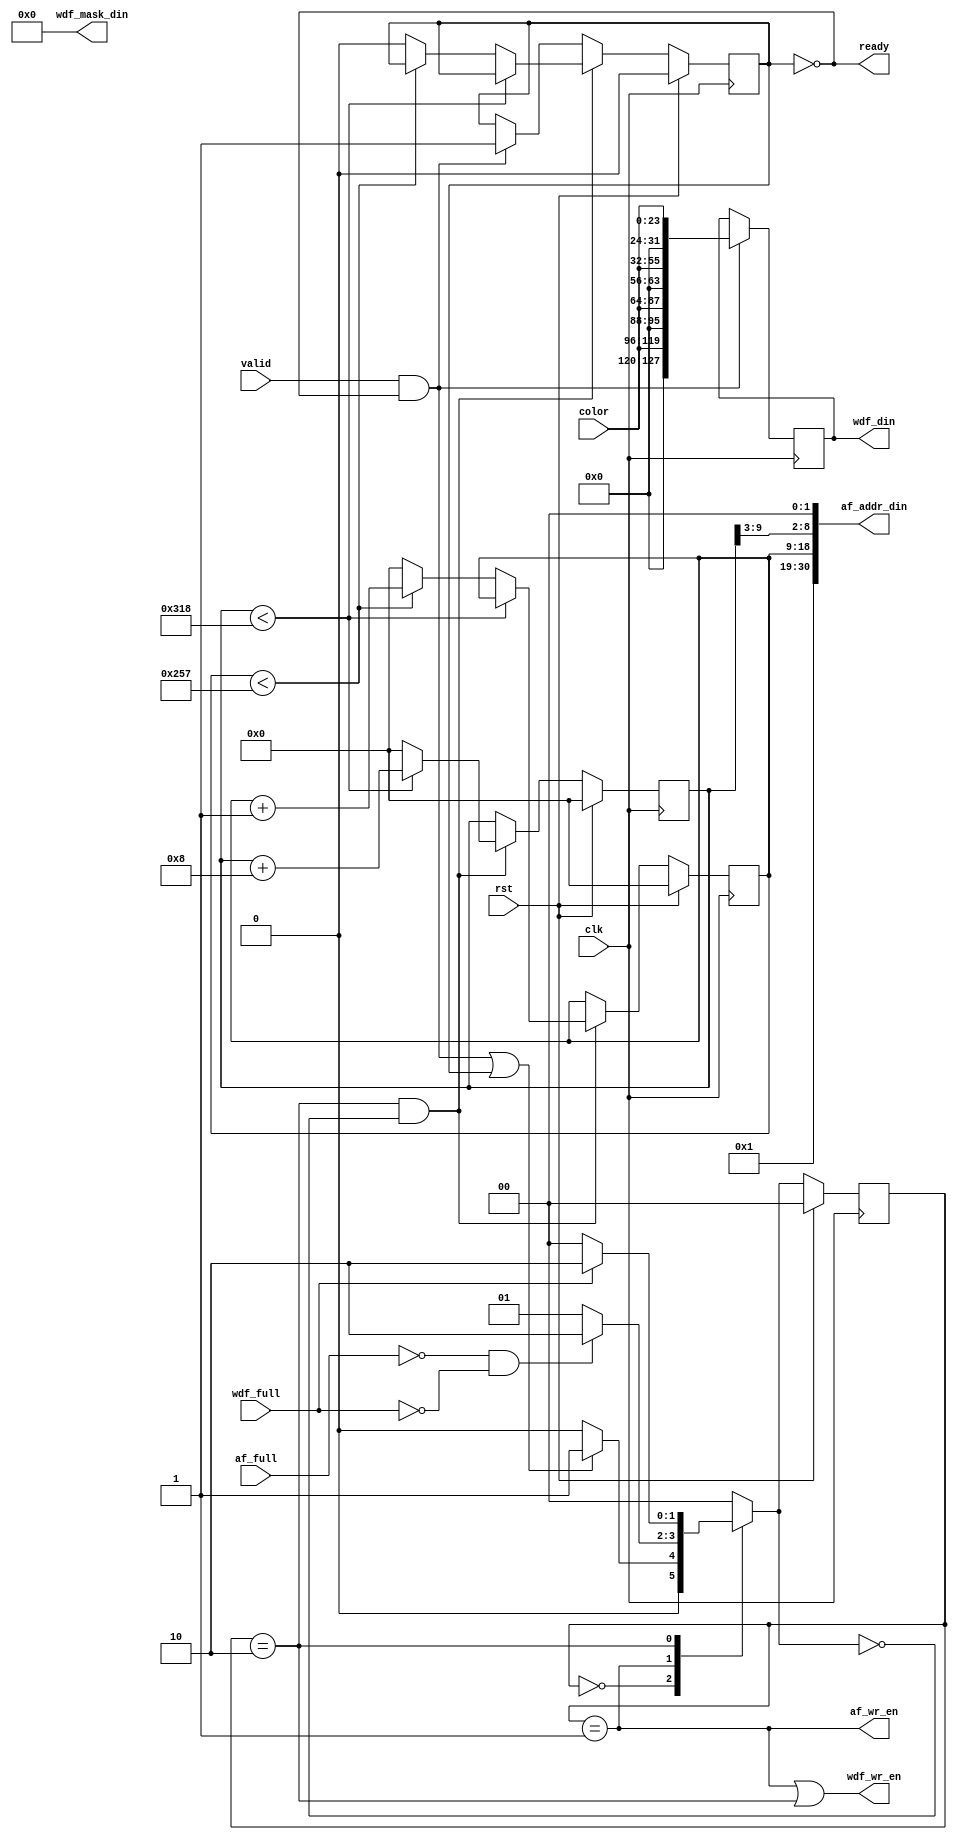
module FrameFiller(
    //system:
    input             clk,
    input             rst,
    // fill control:
    input             valid,
    input [23:0]      color,
    // ddr2 fifo control:
    input             af_full,
    input             wdf_full,
    // ddr2 fifo outputs:
    output [127:0]    wdf_din,
    output            wdf_wr_en,
    output [30:0]     af_addr_din,
    output            af_wr_en,
    output [15:0]     wdf_mask_din,
    // handshaking:
    output            ready);
    
    wire [31:0] addr;
    

    localparam IDLE     = 2'b00;
    localparam WRITE1   = 2'b01;
    localparam WRITE2   = 2'b10;

    // Register the inputs:
	reg [127:0] color_reg;
    reg curr_writing;
    // state registers
    reg [1:0] cs, ns;
    

	reg [9:0] x, y;

	
	// assign addr = {10b0001000001, y, x, 2b00};
    assign addr[31:22] = 10'b0001000001;
    assign addr[1:0] = 2'b00;
    assign addr[21:2] = {y,x};
	
	always @(posedge clk) begin
        color_reg <= color_reg;
		if (valid && ready) begin
			color_reg <= {8'b0, color, 8'b0, color, 8'b0, color, 8'b0, color};
        end
    end
			
			
    always @(posedge clk) begin
        if (rst) begin
            cs <= IDLE;
			x <= 10'b0;
			y <= 10'b0;
            curr_writing <= 1'b0;
        end else begin
            cs <= ns;
            y <= y;
            x <= x;
            curr_writing <= curr_writing;

    		if(cs == WRITE2 && ns == IDLE) begin
    			if (x < 792) begin //x can go up to 800	
                    x <= x + 8;
                    y <= y;
    			end else if (y < 599) begin
    				y <= y + 1;
    				x <= 0;
    			end else begin
                    curr_writing <= 1'b0;
                    x <= 0;
                    y <= 0;
                end
            end else if(valid && ready) begin
                curr_writing <= 1'b1;
            end
		end
    end

    // Transition Logic:
    always @(*) begin
        case(cs)
            IDLE: ns = (valid && ready) || curr_writing ? WRITE1 : IDLE;
            WRITE1: ns = !af_full && !wdf_full ? WRITE2: WRITE1;
            WRITE2: ns = !wdf_full ? IDLE : WRITE2;
           default: ns = IDLE; 
        endcase
    end

    assign af_wr_en = cs == WRITE1;
    assign wdf_wr_en = cs == WRITE1 || cs == WRITE2;
    assign af_addr_din = {6'b0, addr[27:5], 2'b0};
    assign wdf_mask_din = 16'd0;
    assign wdf_din = color_reg;
    assign ready = !curr_writing;

    // Remove these when you implement the frame filler
    // assign wdf_wr_en = 1'b0;
    // assign af_wr_en  = 1'b0;
    // assign ready     = 1'b1;


endmodule